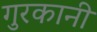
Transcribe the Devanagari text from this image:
गुरकानी